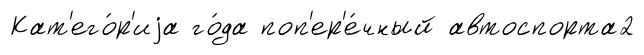
Кат'его́р'иjа го́да поп'ер'е́чный автоспорта2